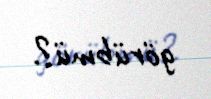
görübmü?.